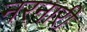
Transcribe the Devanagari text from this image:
नरनारीं